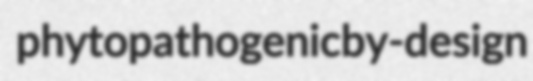
phytopathogenic by-design